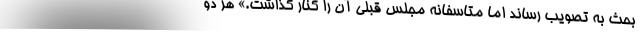
بحث به تصویب رساند اما متاسفانه مجلس قبلی آن را کنار گذاشت.» هر دو